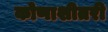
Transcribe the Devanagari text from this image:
कोणाशीतरी